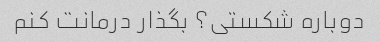
دوباره شکستی؟ بگذار درمانت کنم